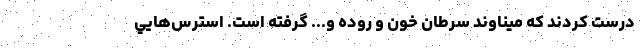
درست كردند كه ميناوند سرطان خون و روده و... گرفته است. استرس‌هايي